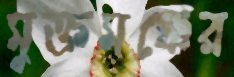
মুক্তমঞ্চের